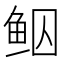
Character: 𱇠